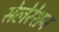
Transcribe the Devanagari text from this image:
सेलेरेशन